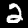
Digit: 2